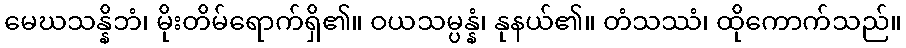
မေဃသန္နိဘံ၊ မိုးတိမ်ရောက်ရှိ၏။ ဝယသမ္ပန္နံ၊ နုနယ်၏။ တံသဿံ၊ ထိုကောက်သည်။